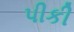
પીકી